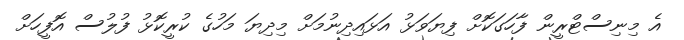
އެ މިނިސްޓްރީން ފާހަގަކޮށް ފިޔަވަޅު އަޅައިދިނުމަށް މިދިޔަ މަހުގެ ކުރީކޮޅު ފުލުސް އޮފީހަށް